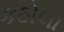
કઠોલા